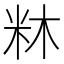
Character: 𭩼